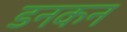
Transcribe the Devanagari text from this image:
डनकन